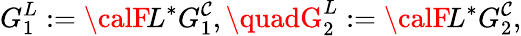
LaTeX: G_{1}^{L}:={\calF}\! L^{*}G_{1}^{\mathcal{C}},\quadG_{2}^{L}:={\calF}\! L^{*}G_{2}^{\mathcal{C}},